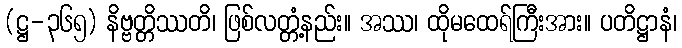
(ဋ္ဌ-၃၆၅) နိဗ္ဗတ္တိဿတိ၊ ဖြစ်လတ္တံ့နည်း။ အဿ၊ ထိုမထေရ်ကြီးအား။ ပတိဋ္ဌာနံ၊